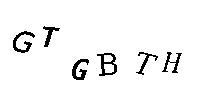
GTGBTH